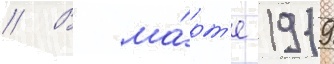
// В ма́рт'е 1919